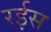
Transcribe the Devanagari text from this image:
रर्इस